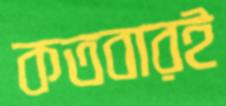
কতবারই